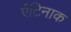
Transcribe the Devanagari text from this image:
ऐंटिनाक